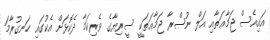
އައިއެސް ޖަމާޢަތާއި އަލް ނުޞްރާ ޖަމާޢަތަކީ ސީރިޔާގެ ވެރިކަމާ ދެކޮޅަށް އެކުގައި ހަނގުރާމަ